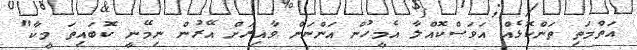
އަތްމަތި ތަންކޮޅެއް އަވަސްކޮއްލާ އެމީހުން އަންނަން ވާއިރަށް އޭރުން ނިމޭނީ ކޮބައިތަ މީކާ"